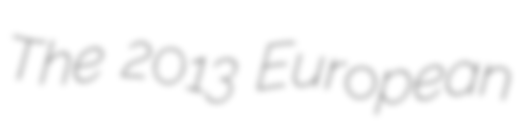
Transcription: The 2013 European